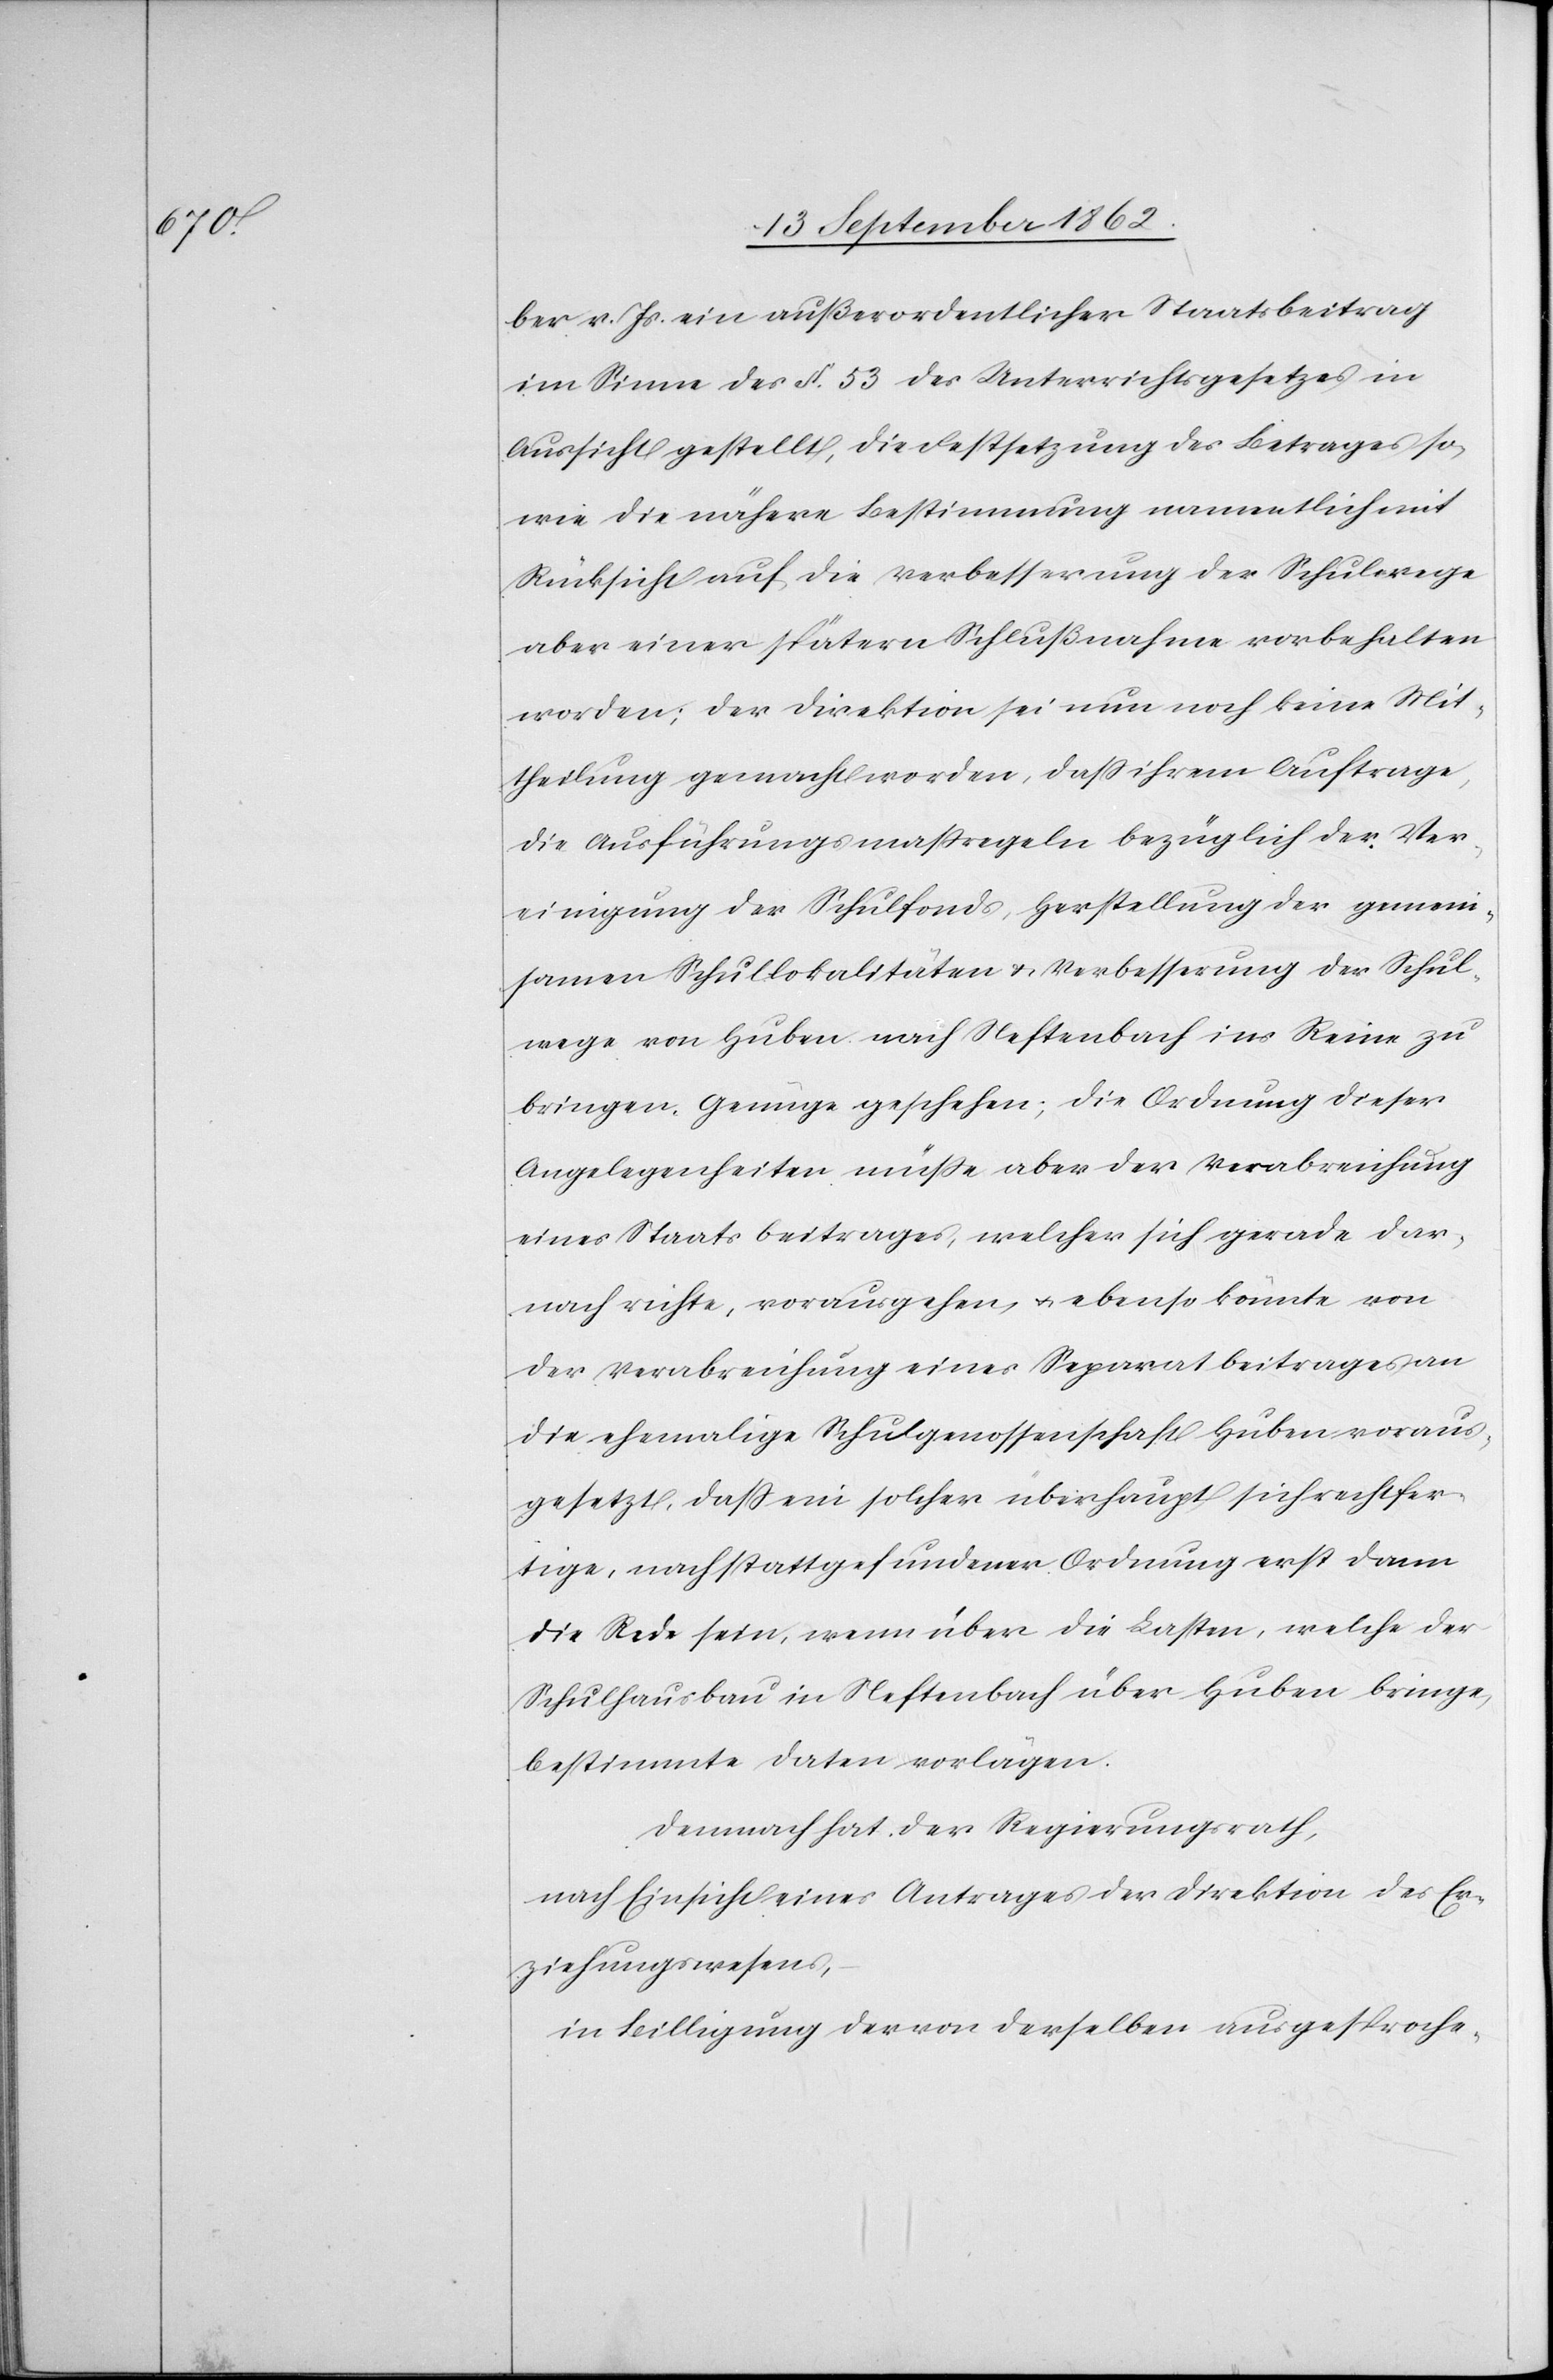
ber v. Js. ein außerordentlicher Staatsbeitrag
im Sinne des §. 53 des Unterrichtsgesetzes in
Aussicht gestellt, die Festsetzung des Betrages so¬
wie die nähere Bestimmung namentlich mit
Rücksicht auf die Verbesserung der Schulwege
aber einer spätern Schlußnahme vorbehalten
worden; der Direktion sei nun noch keine Mit¬
theilung gemacht worden, daß ihrem Auftrage,
die Ausführungsmaßregeln bezüglich der Ver¬
einigung der Schulfonds, Herstellung der gemein¬
samen Schullokalitäten u. Verbesserung der Schul¬
wege von Huben nach Neftenbach ins Reine zu
bringen, Genüge geschehen; die Ordnung dieser
Angelegenheiten müße aber der Verabreichung
eines Staatsbeitrages, welcher sich gerade dar¬
nach richte, vorausgehen, u. ebenso könnte von
der Verabreichung eines Separatbeitrages an
die ehemalige Schulgenossenschaft Huben voraus¬
gesetzt, daß ein solcher überhaupt sich rechtfer¬
tige, nach stattgefundener Ordnung erst dann
die Rede sein, wenn über die Lasten, welche der
Schulhausbau in Neftenbach über Huben bringe,
bestimmte Daten vorlägen.
Demnach hat der Regierungsrath,
nach Einsicht eines Antrages der Direktion des Er¬
ziehungswesens,
in Billigung der von derselben ausgesproche-